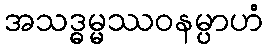
အသဒ္ဓမ္မဿဝနမ္ပာဟံ